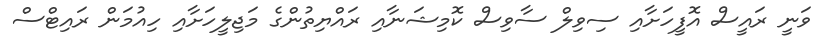
ވަނީ ރައީސް އޮފީހަށާއި ސިވިލް ސާވިސް ކޮމިޝަނާއި ރައްޔިތުންގެ މަޖިލީހަށާއި ހިއުމަން ރައިޓްސް